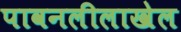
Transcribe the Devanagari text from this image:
पावनलीलाखेल